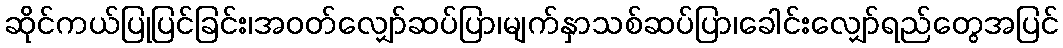
ဆိုင်ကယ်ပြုပြင်ခြင်း၊အဝတ်လျှော်ဆပ်ပြာ၊မျက်နှာသစ်ဆပ်ပြာ၊ခေါင်းလျှော်ရည်တွေအပြင်